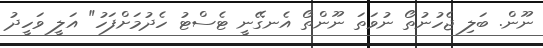
ނޫން. ބަލި ޖެހުނުތޯ ނުވަތަ ނޫންތޯ އެނގޭނީ ޓެސްޓު ހެދުމަށްފަހު" އަލީ ވަހީދު